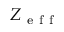
Z _ { \mathrm { ~ e ~ f ~ f ~ } }